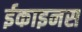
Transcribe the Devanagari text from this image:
ईकाइनस